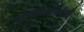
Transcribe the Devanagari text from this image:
उपभोगकर्ताओ